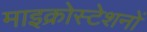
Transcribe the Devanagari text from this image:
माइक्रोस्टेशनों